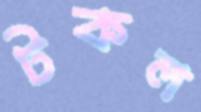
টকল